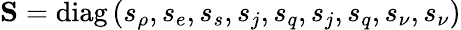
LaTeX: \mathbf{S}=\operatorname{diag}\left(s_{\rho},s_{e},s_{s},s_{j},s_{q},s_{j},s_{q},s_{\nu},s_{\nu}\right)